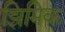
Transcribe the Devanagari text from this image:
झिमिक